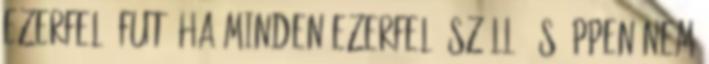
ezerfelé fut, ha minden ezerfelé száll, és éppen nem